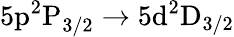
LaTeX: \mathrm{5p^{2}P}_{3/2}\rightarrow\mathrm{5d^{2}D}_{3/2}